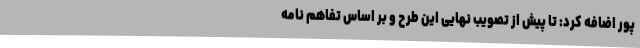
پور اضافه کرد: تا پیش از تصویب نهایی این طرح و بر اساس تفاهم نامه